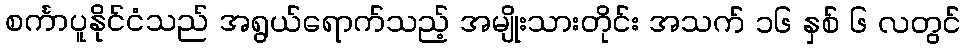
စင်္ကာပူနိုင်ငံသည် အရွယ်ရောက်သည့် အမျိုးသားတိုင်း အသက် ၁၆ နှစ် ၆ လတွင်